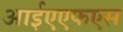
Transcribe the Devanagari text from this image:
आईएएफएस